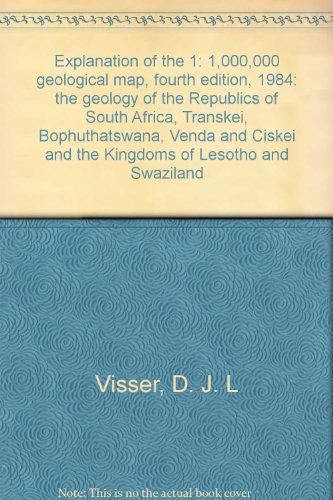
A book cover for Explanation of the 1:1 000 000 geological map, fourth edition, 1984: The geology of the Republics of South Africa, Transkei, Bophuthatswana, Venda, and Ciskei and the kingdoms of Lesotho and Swaziland; D. J. L Visser; Travel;